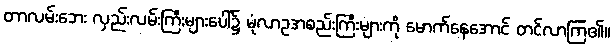
တာလမ်းဘေး လှည်းလမ်းကြီးများပေါ်၌ မုံလာဥအစည်းကြီးများကို မောက်နေအောင် တင်လာကြ၏။